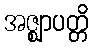
အဇ္ဈာပတ္တိ